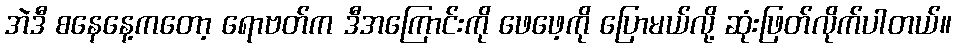
အဲဒီ စနေနေ့ကတော့ ရောဗတ်က ဒီအကြောင်းကို ဖေဖေ့ကို ပြောမယ်လို့ ဆုံးဖြတ်လိုက်ပါတယ်။